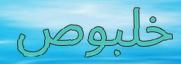
خلبوص